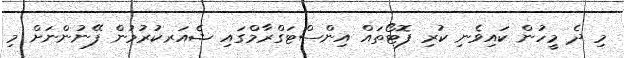
މި ދެ މީހުން ކައިވެނި ކުރި ފޮޓޯތައް އިންސްޓަގްރާމްގައި ޝެއަރކުރުމުން ފޭނުންނަށް މި